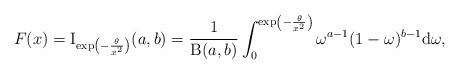
\begin{align*}F(x) =\operatorname{I}_{\exp\left(-\frac{\theta}{x^2}\right)}(a,b)=\frac{1}{\operatorname{B}(a,b)}\int_0^{\exp\left(-\frac{\theta}{x^2}\right)}\omega^{a-1}(1-\omega)^{b-1}\mathrm{d}\omega,\end{align*}